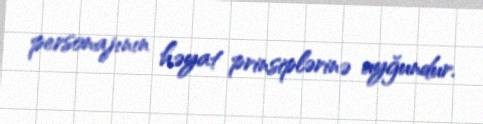
personajının həyat prinsiplərinə uyğundur.